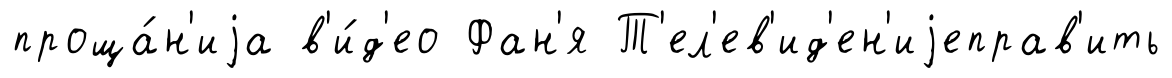
проща́н'иjа в'и́д'ео Фан'я Т'ел'ев'ид'ен'иjеправ'ить